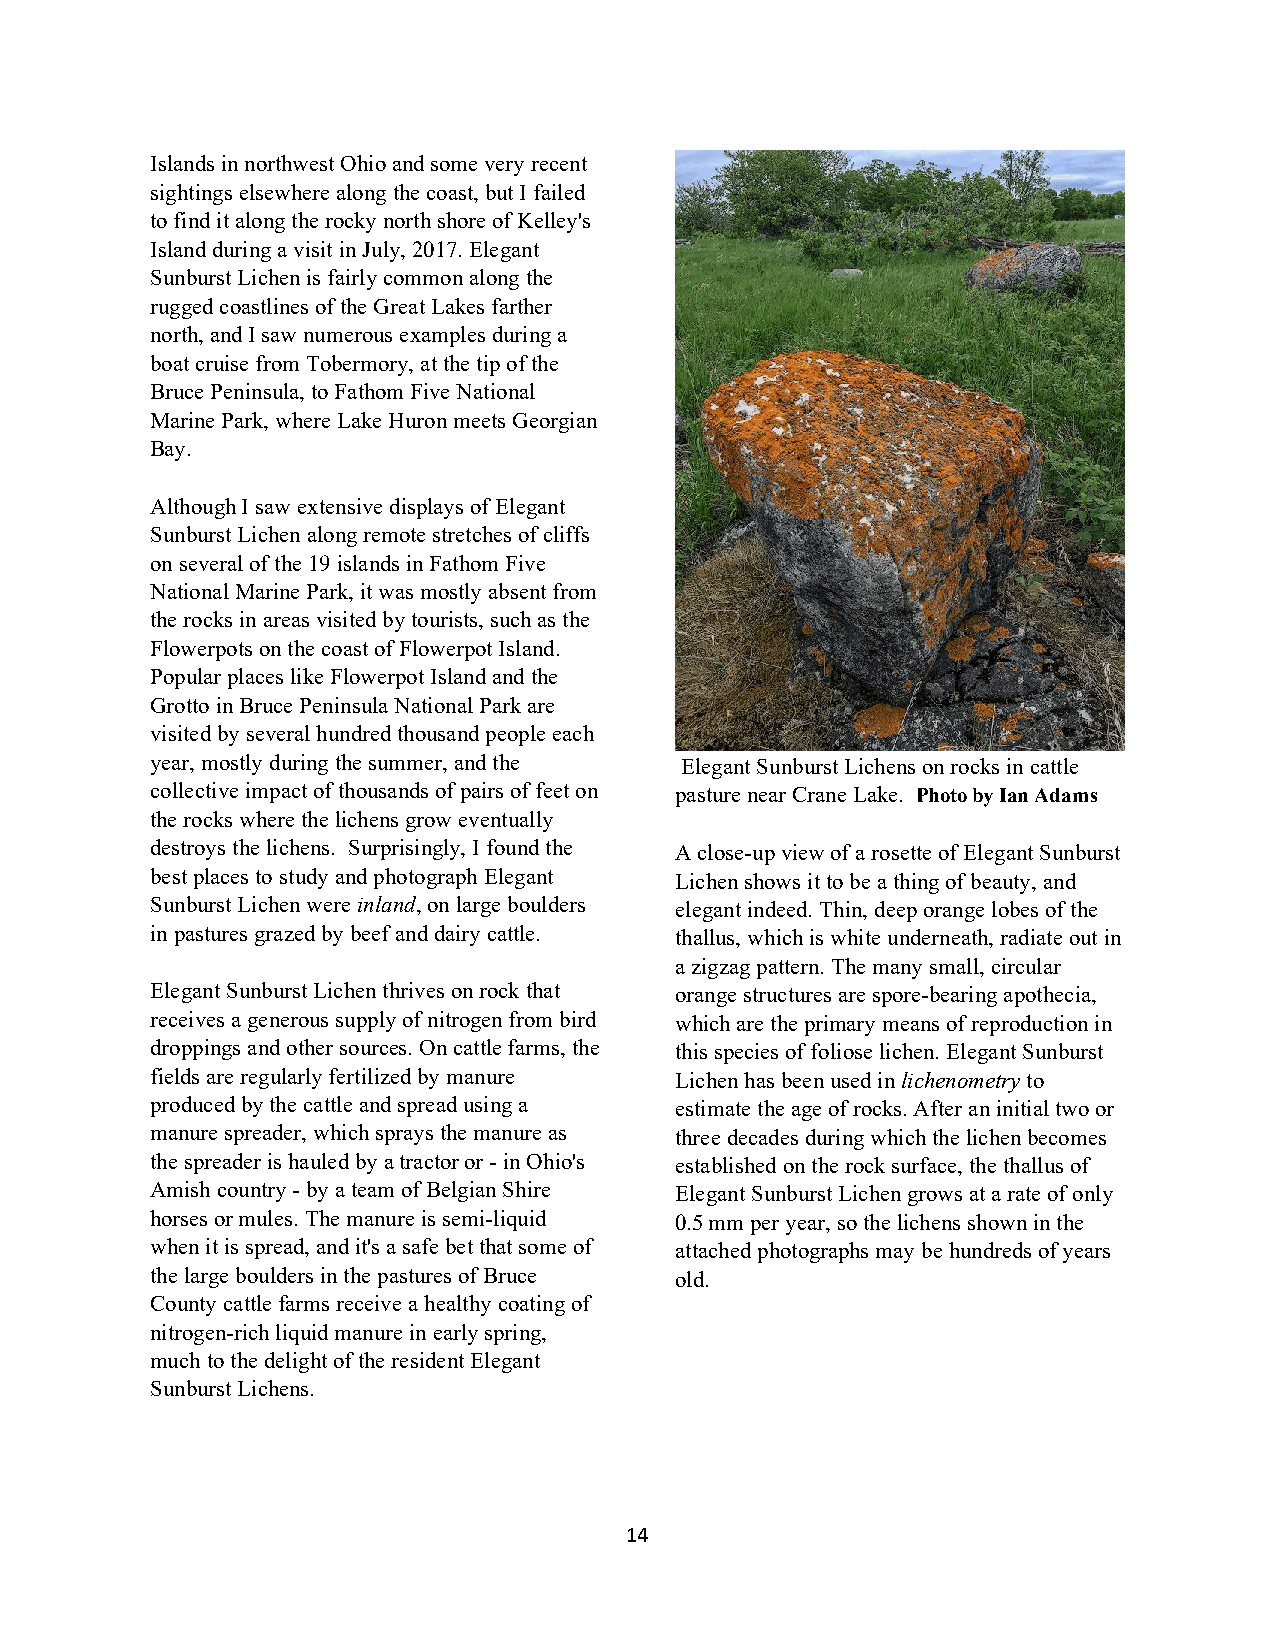
Islands in northwest Ohio and some very recent
 sightings elsewhere along the coast, but I failed
 to find it along the rocky north shore of Kelley's
 Island during a visit in July, 2017. Elegant
 Sunburst Lichen is fairly common along the
 rugged coastlines of the Great Lakes farther
 north, and I saw numerous examples during a
 boat cruise from Tobermory, at the tip of the
 Bruce Peninsula, to Fathom Five National
 Marine Park, where Lake Huron meets Georgian
 Bay.
 Although I saw extensive displays of Elegant
 Sunburst Lichen along remote stretches of cliffs
 on several of the 19 islands in Fathom Five
 National Marine Park, it was mostly absent from
 the rocks in areas visited by tourists, such as the
 Flowerpots on the coast of Flowerpot Island.
 Popular places like Flowerpot Island and the
 Grotto in Bruce Peninsula National Park are
 visited by several hundred thousand people each
 year, mostly during the summer, and the Elegant Sunburst Lichens on rocks in cattle
 collective impact of thousands of pairs of feet on pasture near Crane Lake. Photo by Ian Adams
 the rocks where the lichens grow eventually
 destroys the lichens. Surprisingly, I found the A close-up view of a rosette of Elegant Sunburst
 best places to study and photograph Elegant Lichen shows it to be a thing of beauty, and
 Sunburst Lichen were inland, on large boulders elegant indeed. Thin, deep orange lobes of the
 in pastures grazed by beef and dairy cattle. thallus, which is white underneath, radiate out in
 a zigzag pattern. The many small, circular
 Elegant Sunburst Lichen thrives on rock that orange structures are spore-bearing apothecia,
 receives a generous supply of nitrogen from bird which are the primary means of reproduction in
 droppings and other sources. On cattle farms, the this species of foliose lichen. Elegant Sunburst
 fields are regularly fertilized by manure Lichen has been used in lichenometry to
 produced by the cattle and spread using a estimate the age of rocks. After an initial two or
 manure spreader, which sprays the manure as three decades during which the lichen becomes
 the spreader is hauled by a tractor or - in Ohio's established on the rock surface, the thallus of
 Amish country - by a team of Belgian Shire Elegant Sunburst Lichen grows at a rate of only
 horses or mules. The manure is semi-liquid 0.5 mm per year, so the lichens shown in the
 when it is spread, and it's a safe bet that some of attached photographs may be hundreds of years
 the large boulders in the pastures of Bruce old.
 County cattle farms receive a healthy coating of
 nitrogen-rich liquid manure in early spring,
 much to the delight of the resident Elegant
 Sunburst Lichens.
 14